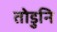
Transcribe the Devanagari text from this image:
तोडुनि